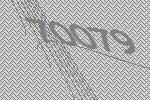
70079